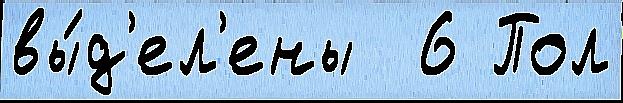
вы́д'ел'ены  6 Пол